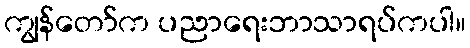
ကျွန်တော်က ပညာရေးဘာသာရပ်ကပါ။